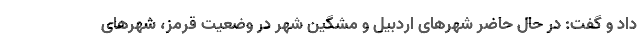
داد و گفت: در حال حاضر شهرهای اردبیل و مشگین شهر در وضعیت قرمز، شهرهای